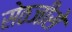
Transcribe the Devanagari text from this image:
सेठजीसे